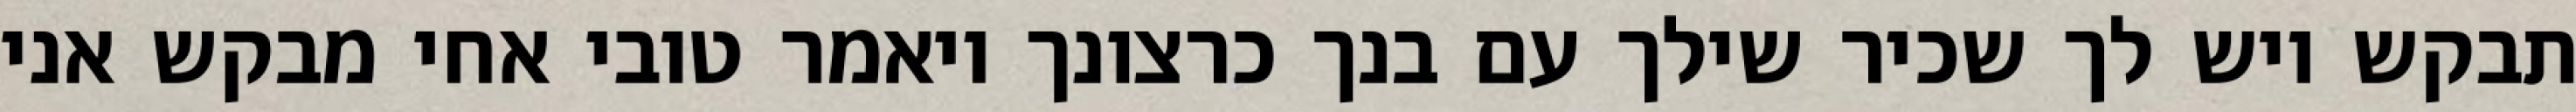
תבקש ויש לך שכיר שילך עם בנך כרצונך ויאמר טובי אחי מבקש אני